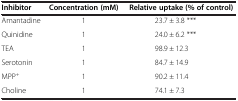
| Inhibitor | Concentration (mM) | Relative uptake (% of control) |  |  |
 | --- | --- | --- | --- | --- |
 | Amantadine | 1 | 23.7 ± 3.8 *** |  |  |
 | Quinidine | 1 | 24.0 ± 6.2 *** |  |  |
 | TEA | 1 | 98.9 ± 12.3 |  |  |
 | Serotonin | 1 | 84.7 ± 14.9 |  |  |
 | MPP+ | 1 | 90.2 ± 11.4 |  |  |
 | Choline | 1 | 74.1 ± 7.3 |  |  |